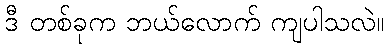
ဒီ တစ်ခုက ဘယ်လောက် ကျပါသလဲ။